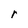
Character: r